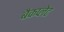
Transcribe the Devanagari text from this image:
बैकप्लेट